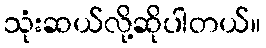
သုံးဆယ်လို့ဆိုပါတယ်။